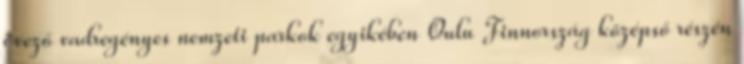
övező vadregényes nemzeti parkok egyikében Oulu Finnország középső részén